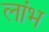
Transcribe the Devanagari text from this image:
लांभ